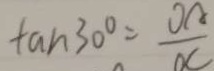
\tan 3 0 ^ { \circ } = \frac { O A } { O C }